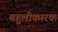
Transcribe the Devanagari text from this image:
बहुलीकारक